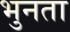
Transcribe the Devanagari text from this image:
भुनता